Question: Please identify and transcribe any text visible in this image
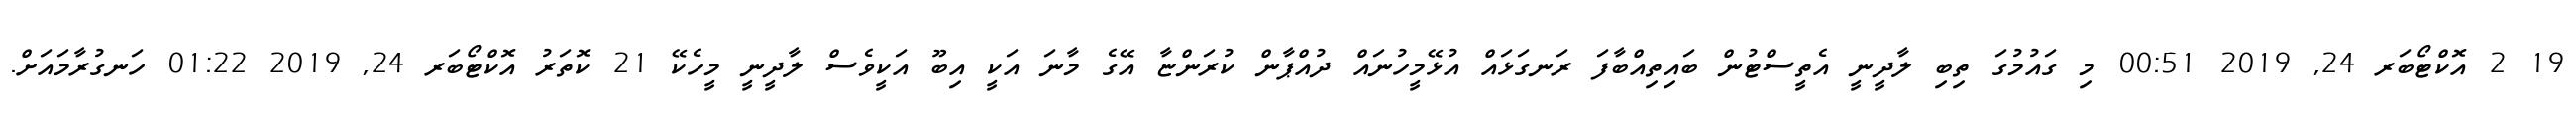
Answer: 19 2 އޮކްޓޯބަރ 24, 2019 00:51 މި ގައުމުގަ ތިބި ލާދީނީ އެތީސްޓުން ބައިތިއްބާފަ ރަނގަޅައް އުޅޭމީހުނައް ދުއްޕާން ކުރަންޏާ އޭގެ މާނަ އަކީ އިބޫ އަކީވެސް ލާދީނީ މީހެކޭ 21 ކޮތަރު އޮކްޓޯބަރ 24, 2019 01:22 ހަނގުރާމައަށް.